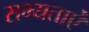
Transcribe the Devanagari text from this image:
सभ्यताऐं